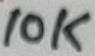
Text: 10K